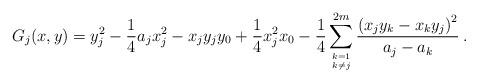
LaTeX: \begin{align*}G_j(x,y) = y_j^2 - {1\over 4} a_j x_j^2 - x_j y_j y_0 +{1\over 4} x_j^2 x_0-{1\over 4}\sum_{k=1\atop k\neq j}^{2m}{\left(x_j y_k - x_k y_j\right)^2\over a_j - a_k} \> .\end{align*}